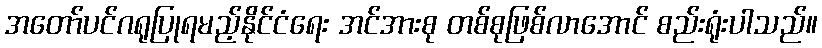
အတော်ပင်ဂရုပြုရမည့်နိုင်ငံရေး အင်အားစု တစ်စုဖြစ်လာအောင် စည်းရုံးပါသည်။